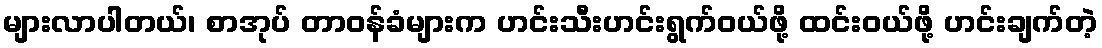
များလာပါတယ်၊ စာအုပ် တာဝန်ခံများက ဟင်းသီးဟင်းရွက်ဝယ်ဖို့ ထင်းဝယ်ဖို့ ဟင်းချက်တဲ့